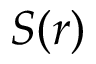
S ( r )